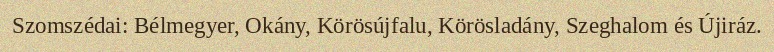
Szomszédai: Bélmegyer, Okány, Körösújfalu, Körösladány, Szeghalom és Újiráz.